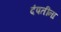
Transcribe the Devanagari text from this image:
दंपतींना